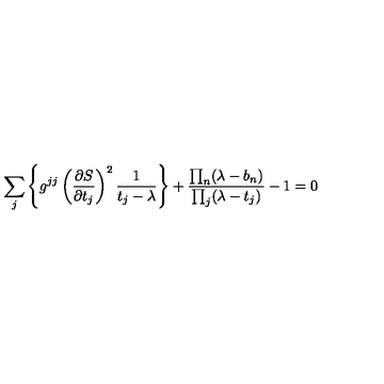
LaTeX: \sum _ { j } \left\{ g ^ { j j } \left( { \frac { \partial S } { \partial t _ { j } } } \right) ^ { 2 } { \frac { 1 } { t _ { j } - \lambda } } \right\} + { \frac { \prod _ { n } ( \lambda - b _ { n } ) } { \prod _ { j } ( \lambda - t _ { j } ) } } - 1 = 0